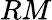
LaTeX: RM